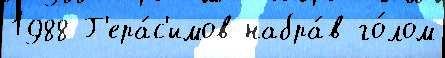
1988 Г'ера́с'имов набра́в го́лом